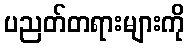
ပညတ်တရားများကို